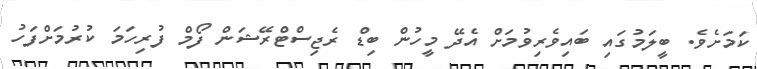
ކަމަށެވެ. ބީލަމުގައި ބައިވެރިވުމަށް އެދޭ މީހުން ބިޑް ރެޖިސްޓްރޭޝަން ފޯމް ފުރިހަމަ ކުރުމަށްފަހު